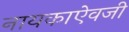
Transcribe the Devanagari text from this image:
नायकाऐवजी